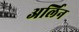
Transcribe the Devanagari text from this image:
अर्लिन